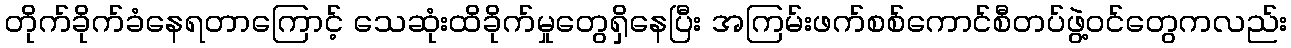
တိုက်ခိုက်ခံနေရတာကြောင့် သေဆုံးထိခိုက်မှုတွေရှိနေပြီး အကြမ်းဖက်စစ်ကောင်စီတပ်ဖွဲ့ဝင်တွေကလည်း